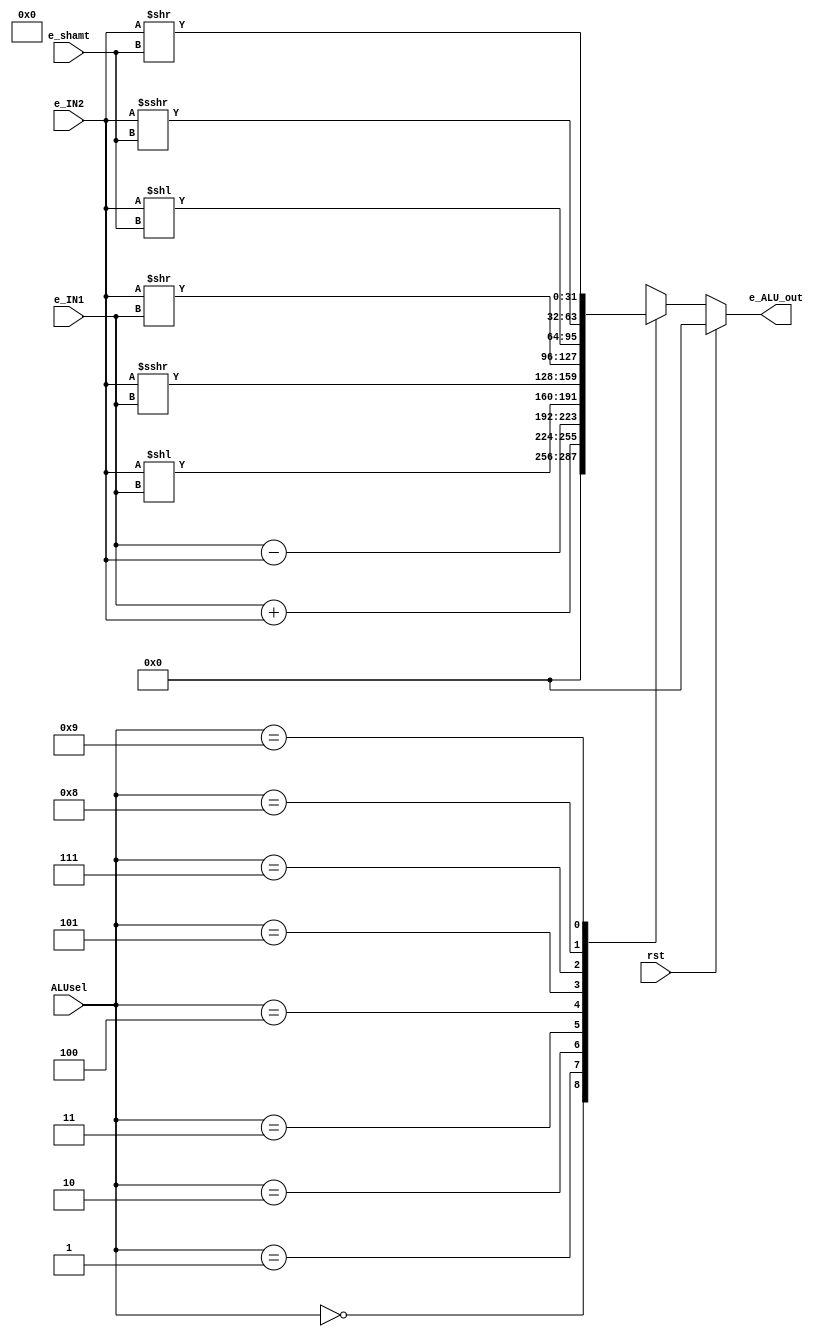
`timescale 1ns / 1ps
//////////////////////////////////////////////////////////////////////////////////
// Company: 
// Engineer: 
// 
// Design Name: 
// Module Name: sign_extension
// Project Name: 
// Target Devices: 
// Tool Versions: 
// Description: 
// 
// Dependencies: 
// 
// Revision:
// Revision 0.01 - File Created
// Additional Comments:
// 
//////////////////////////////////////////////////////////////////////////////////


module alu
/*** PARAMETERS ***/
#(parameter
    // WL
    DATA_WL     = 32,
    ADDR_RF_WL  = 5,
    ADDR_MEM    = 32,
    IMMED_WL    = 16,
    JUMP_WL     = 26,
    ALU_WL      = 4,
    
    // LOCAL PARAM
    e_shamt_WL    = 5,

    // ALU
    ALU_IDLE                = 3'b000,
    ALU_LW_SW_ADD_ADDI_PC   = 3'b001,
    ALU_SUB_BRANCH          = 3'b010,
    ALU_SLLV                = 3'b011,
    ALU_SRAV                = 3'b100,
    ALU_SRLV                = 3'b101,
    ALU_MULT                = 3'b110,
    ALU_SLL                 = 3'b111,
    ALU_SRA                 = 4'b1000,
    ALU_SRL                 = 4'b1001
)
/*** IN/OUT ***/
(
    // IN
    input   [DATA_WL - 1 : 0]       e_IN1,
                                    e_IN2,
    input [e_shamt_WL - 1 : 0]      e_shamt,
    input [ALU_WL - 1 : 0]          ALUsel,
    input                           rst,
    // OUT
    output reg [DATA_WL - 1 : 0]    e_ALU_out
);

    always @(*)
    begin
       if(rst)e_ALU_out = 0;
       else
       begin
           case(ALUsel)
               ALU_IDLE:                e_ALU_out = 0; // Do nothing, out nothing
               ALU_LW_SW_ADD_ADDI_PC:   e_ALU_out = e_IN1 + e_IN2;
               ALU_SUB_BRANCH:          e_ALU_out = e_IN1 - e_IN2;
               ALU_SLLV:                e_ALU_out = e_IN2 << e_IN1;
               ALU_SRAV:                e_ALU_out = e_IN2 >>> e_IN1;
               ALU_SRLV:                e_ALU_out = e_IN2 >> e_IN1;
               ALU_SLL:                 e_ALU_out = e_IN2 << e_shamt;
               ALU_SRA:                 e_ALU_out = e_IN2 >>> e_shamt;
               ALU_SRL:                 e_ALU_out = e_IN2 >> e_shamt;
               default                  e_ALU_out = 1'bx;
            endcase
        end
    end
endmodule